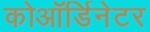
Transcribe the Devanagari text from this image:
कोऑर्डिनेटर